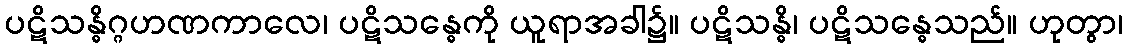
ပဋိသန္ဓိဂ္ဂဟဏကာလေ၊ ပဋိသန္ဓေကို ယူရာအခါ၌။ ပဋိသန္ဓိ၊ ပဋိသန္ဓေသည်။ ဟုတွာ၊